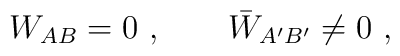
W_{AB} = 0\ ,  \qquad      \bar {W}_{A'  B'} \neq 0\ ,